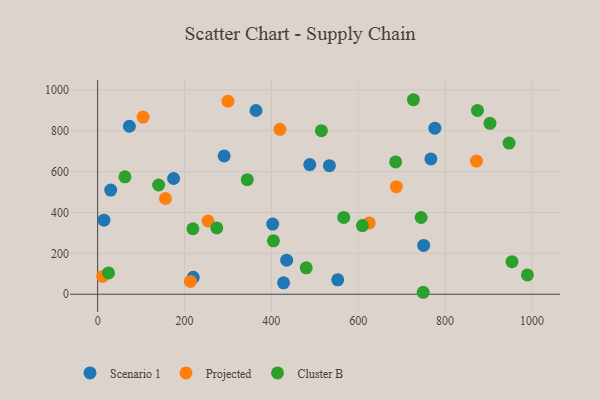
{"axis": {"x": "Study Hours", "y": "Fuel Efficiency"}, "legend": ["Cluster B", "Projected", "Scenario 1"], "data": [{"x": "174.9", "y": 566.2, "type": "Scenario 1"}, {"x": "776.4", "y": 812.3, "type": "Scenario 1"}, {"x": "552.8", "y": 70.5, "type": "Scenario 1"}, {"x": "428.1", "y": 55.6, "type": "Scenario 1"}, {"x": "750.6", "y": 238.9, "type": "Scenario 1"}, {"x": "291.3", "y": 676.6, "type": "Scenario 1"}, {"x": "30.1", "y": 509.6, "type": "Scenario 1"}, {"x": "220.0", "y": 82.7, "type": "Scenario 1"}, {"x": "488.4", "y": 634.5, "type": "Scenario 1"}, {"x": "73.1", "y": 821.8, "type": "Scenario 1"}, {"x": "403.0", "y": 343.1, "type": "Scenario 1"}, {"x": "435.2", "y": 166.8, "type": "Scenario 1"}, {"x": "14.5", "y": 362.5, "type": "Scenario 1"}, {"x": "767.2", "y": 661.7, "type": "Scenario 1"}, {"x": "364.6", "y": 898.8, "type": "Scenario 1"}, {"x": "533.6", "y": 628.9, "type": "Scenario 1"}, {"x": "213.6", "y": 62.8, "type": "Projected"}, {"x": "872.3", "y": 651.6, "type": "Projected"}, {"x": "687.7", "y": 526.2, "type": "Projected"}, {"x": "11.5", "y": 86.7, "type": "Projected"}, {"x": "625.5", "y": 349.0, "type": "Projected"}, {"x": "254.2", "y": 358.3, "type": "Projected"}, {"x": "104.6", "y": 866.8, "type": "Projected"}, {"x": "419.7", "y": 806.8, "type": "Projected"}, {"x": "300.0", "y": 944.3, "type": "Projected"}, {"x": "156.2", "y": 468.4, "type": "Projected"}, {"x": "344.5", "y": 560.4, "type": "Cluster B"}, {"x": "989.4", "y": 94.3, "type": "Cluster B"}, {"x": "744.8", "y": 375.5, "type": "Cluster B"}, {"x": "515.2", "y": 800.2, "type": "Cluster B"}, {"x": "686.1", "y": 647.0, "type": "Cluster B"}, {"x": "749.6", "y": 9.6, "type": "Cluster B"}, {"x": "903.3", "y": 836.3, "type": "Cluster B"}, {"x": "727.0", "y": 951.5, "type": "Cluster B"}, {"x": "62.9", "y": 574.2, "type": "Cluster B"}, {"x": "140.4", "y": 534.4, "type": "Cluster B"}, {"x": "954.1", "y": 159.3, "type": "Cluster B"}, {"x": "25.0", "y": 104.3, "type": "Cluster B"}, {"x": "274.2", "y": 324.5, "type": "Cluster B"}, {"x": "404.8", "y": 261.5, "type": "Cluster B"}, {"x": "566.6", "y": 375.7, "type": "Cluster B"}, {"x": "480.2", "y": 129.0, "type": "Cluster B"}, {"x": "947.3", "y": 739.3, "type": "Cluster B"}, {"x": "609.7", "y": 335.9, "type": "Cluster B"}, {"x": "874.5", "y": 899.4, "type": "Cluster B"}, {"x": "219.3", "y": 320.4, "type": "Cluster B"}]}